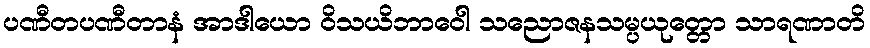
ပဏီတပဏီတာနံ အာဒါယော ဝိသယိဘာဝေါ သညောဇနသမ္ပယုတ္တော သာရဏာတိ